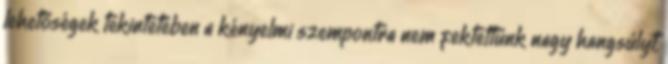
lehetőségek tekintetében a kényelmi szempontra nem fektettünk nagy hangsúlyt,